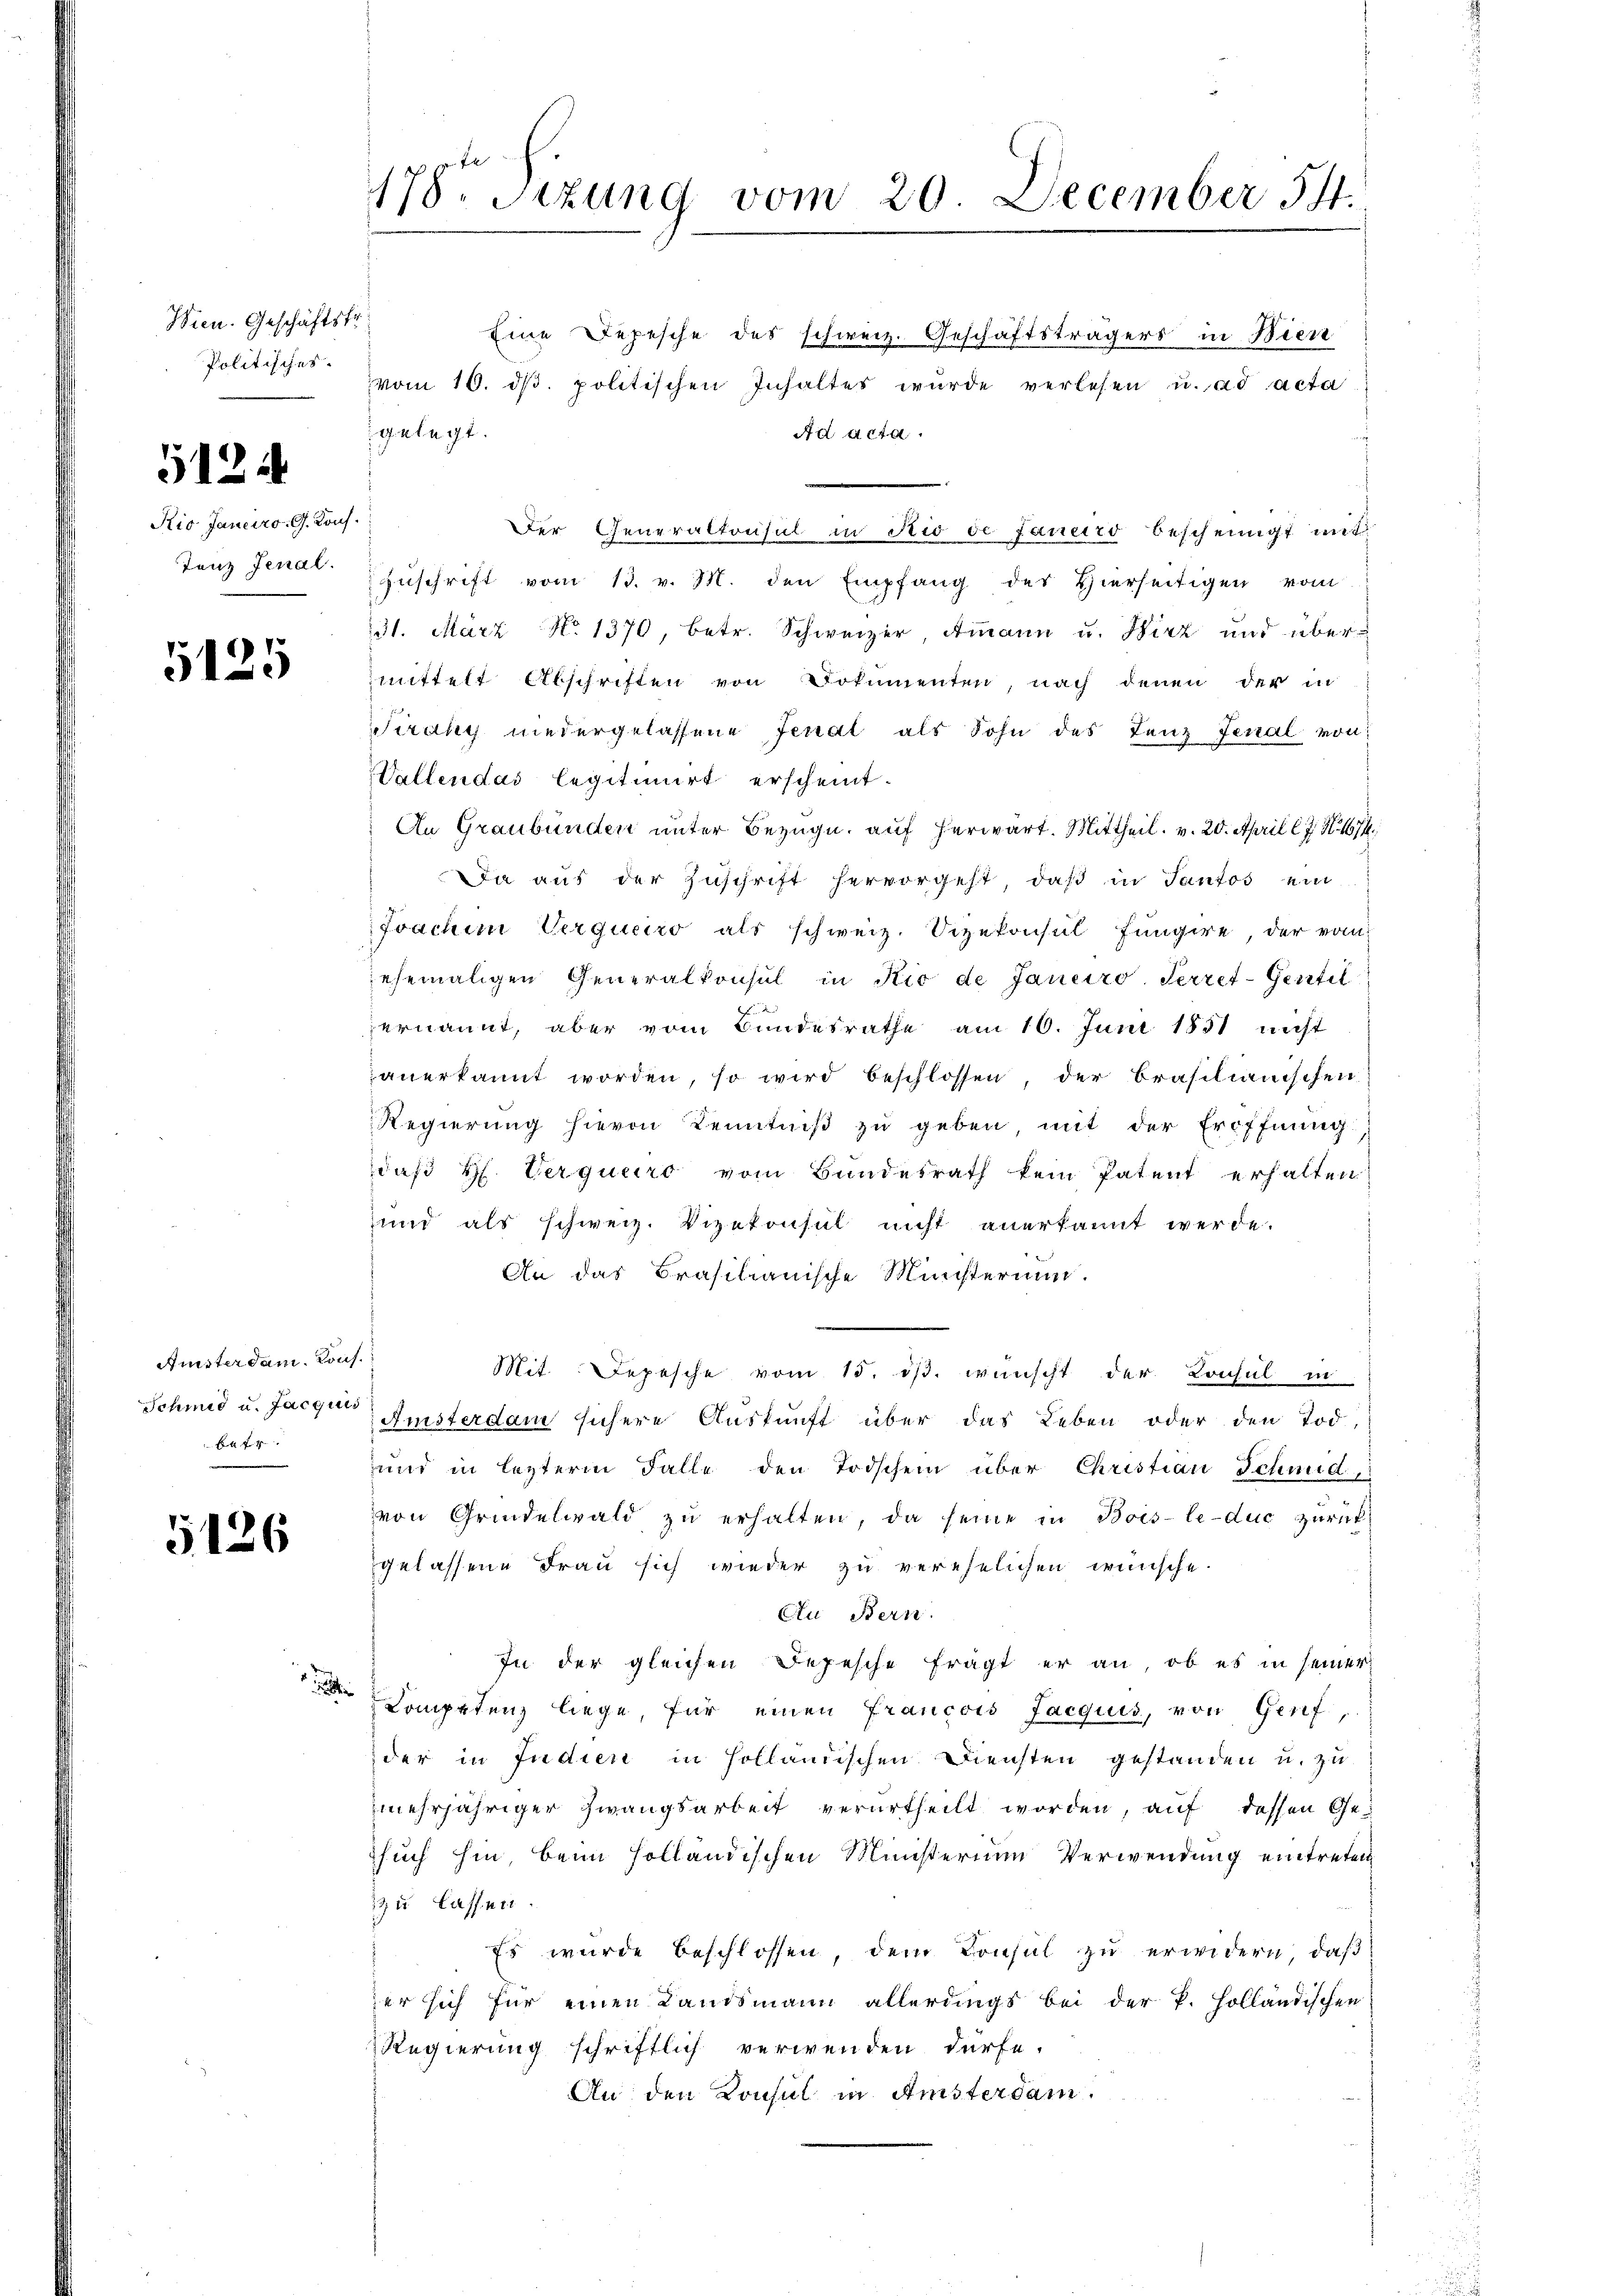
Wien. Geschäftsfr.
Politisches.

5124

Kio Janeiro, G. Konf

5125

Ansterdam. Kons.
Schmid u. Jacquis
B f. 7

5126

178. Sizung vom 20. December 34.

Eine Depesche des schweiz. Geschäftsträgers in Bien
vom 10. dβ. politischen Inhaltes wurde verlesen u. ad acta
gelegt.
Ad Acta.
Der Generaltonsul in Rio de Janeiro bescheinigt mit
Tanz Jenat Zŭschrift vom 13. v. M. den Empfang der hierseitigen vom
131. März No. 1370, betr. Schweizer, Amann u. Wirz und übermittelt Abschriften von Dokumenten, nach denen der in
Siraky niedergelassene Jenal als Sohn des Lenz Jenal von
Vallendas legitimirt erscheint.
An Graubünden unter Bezug auf herwart. Mittheil. v. 20. April lJ. N. 1674,
Da aus der Zuschrift hervorgeht, daß in Sanfos ein
Joachin Verqueiro als schweiz. Vizekonsul fungire, der vom
ehemaligen Generalkonsul in Nic de Janeiro Terret-Gentil
ernannt, aber vom Bundesrathe am 10. Juni 1851 nicht
anerkannt worden, so wird beschlossen, der Brasilianischen
Regierung hievon Kenntniß zu geben, mit der Eröffnung:
daß H. Verquero vom Bundesrath kein Patent erhalten
und als schweiz. Vizekonsul nicht anerkannt werde.
An das Brasilianische Ministerium.
.
Mit Depesche vom 15. ds. wünscht der Konsul in
Amsterdam sichere Auskunft über das Leben oder den Tod,
und in lezterm Falle den Todschein über Christian Schmid
von Grindelwald zu erhalten, da seine in Bois-le-duc zurück
gelassene Frau sich wieder zu verehelichen wünsche.
Au Bern.
In der gleichen Depesche frägt er an, ob es in seiner
Competenz liege, für einen Francois Jacquis, von Genf,
der in Judien in Holländischen Diensten gestanden u. zu
mehrjähriger Zwangsarbeit verurtheilt worden, auf dessen Gesuch hin, beim Holländischen Ministerium Verwendung eintreten
zu lassen.
Es wurde beschlossen, dem Consul zu erwidern, daß
zer sich für einen Landsmann allerdings bei der P. Holländischen
Regierung schriftlich verwenden dürfe.
An den Konsul in Amsterdam.